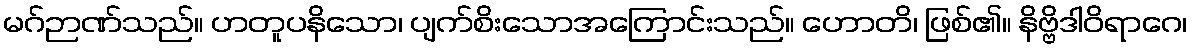
မဂ်ဉာဏ်သည်။ ဟတူပနိသော၊ ပျက်စိးသောအကြောင်းသည်။ ဟောတိ၊ ဖြစ်၏။ နိဗ္ဗိဒါဝိရာဂေ၊